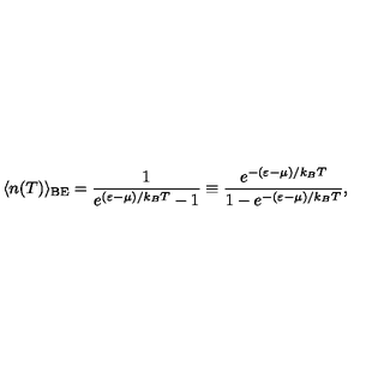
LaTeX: \langle n ( T ) \rangle _ { \mathrm { { B E } } } = \frac { 1 } { e ^ { ( \varepsilon - \mu ) / k _ { B } T } - 1 } \equiv \frac { e ^ { - ( \varepsilon - \mu ) / k _ { B } T } } { 1 - e ^ { - ( \varepsilon - \mu ) / k _ { B } T } } ,